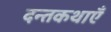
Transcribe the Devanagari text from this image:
दन्तकथाएँ